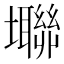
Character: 壣